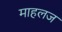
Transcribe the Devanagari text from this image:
माहलज